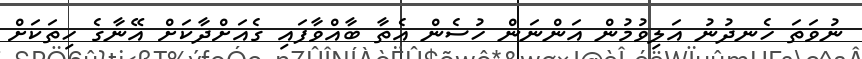
ނުވަތަ ހެނދުުނު އަލިވުމުން އަންނަން ހުސެން އެތާ ބާއްވާފައި ގެއަށްދާކަށް އޭނާގެ ހިތަކަށް